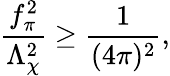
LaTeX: \frac{f_{\pi}^{2}}{\Lambda_{\chi}^{2}}\geq\frac{1}{(4\pi)^{2}},